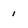
Character: 1